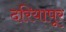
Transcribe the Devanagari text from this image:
दरियापूर